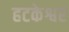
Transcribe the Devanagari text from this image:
हटकेश्वर